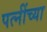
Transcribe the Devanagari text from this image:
पत्नींच्या